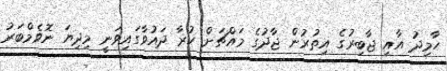
ހާމިދު އާއި ޖާބިރުގެ އިތުރުން ޖާދުގެ މައްޗަށް ކުރާ ދައުވާގައިވަނީ މިދިޔަ ނޮވެމްބަރު